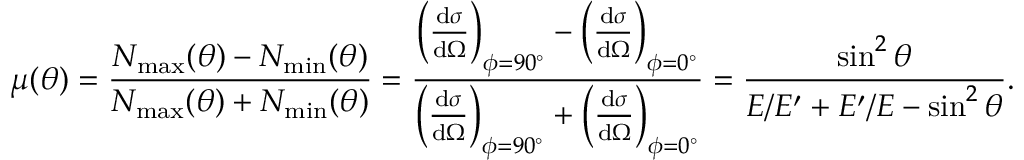
\mu ( \theta ) = \frac { N _ { \mathrm { m a x } } ( \theta ) - N _ { \mathrm { m i n } } ( \theta ) } { N _ { \mathrm { m a x } } ( \theta ) + N _ { \mathrm { m i n } } ( \theta ) } = \frac { \left( \frac { \mathrm { d } \sigma } { \mathrm { d } \Omega } \right) _ { \phi = 9 0 ^ { \circ } } - \left( \frac { \mathrm { d } \sigma } { \mathrm { d } \Omega } \right) _ { \phi = 0 ^ { \circ } } } { \left( \frac { \mathrm { d } \sigma } { \mathrm { d } \Omega } \right) _ { \phi = 9 0 ^ { \circ } } + \left( \frac { \mathrm { d } \sigma } { \mathrm { d } \Omega } \right) _ { \phi = 0 ^ { \circ } } } = \frac { \sin ^ { 2 } \theta } { E / E ^ { \prime } + E ^ { \prime } / E - \sin ^ { 2 } \theta } .